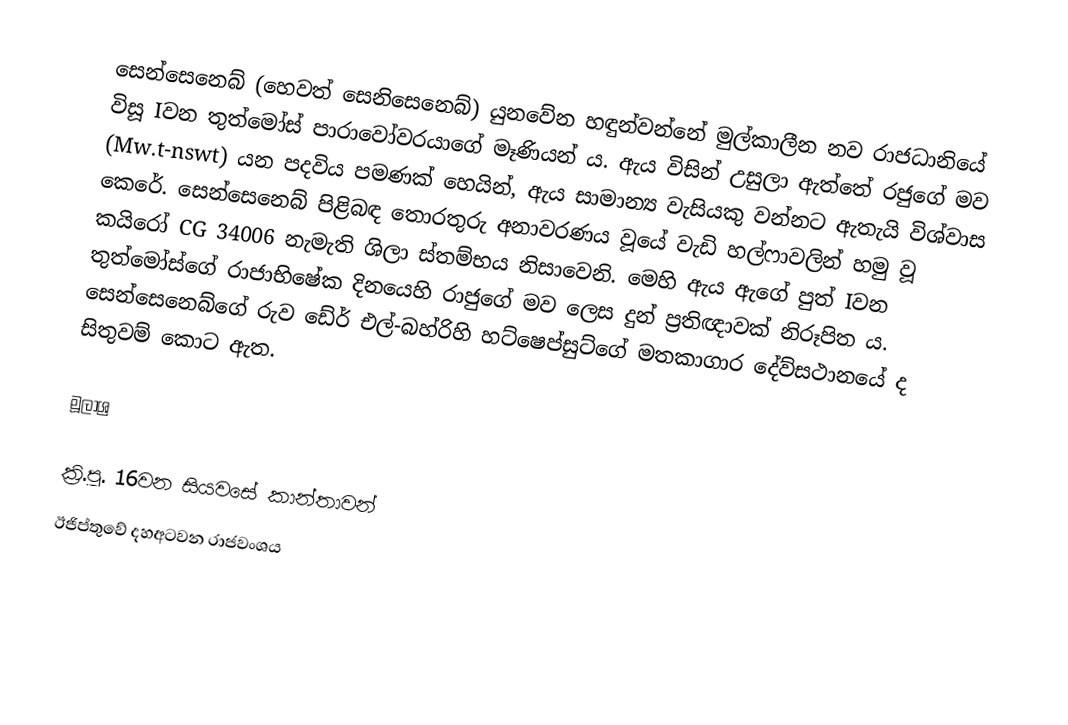
සෙන්සෙනෙබ් (හෙවත් සෙනිසෙනෙබ්) යුනවේන හඳුන්වන්නේ මුල්කාලීන නව රාජධානියේ විසූ Iවන තුත්මෝස් පාරාවෝවරයාගේ මෑණියන් ය. ඇය විසින් උසුලා ඇත්තේ රජුගේ මව (Mw.t-nswt) යන පදවිය පමණක් හෙයින්, ඇය සාමාන්‍ය වැසියකු වන්නට ඇතැයි විශ්වාස කෙරේ. සෙන්සෙනෙබ් පිළිබඳ තොරතුරු අනාවරණය වූයේ වැඩි හල්ෆාවලින් හමු වූ කයිරෝ CG 34006 නැමැති ශිලා ස්තම්භය නිසාවෙනි. මෙහි ඇය ඇගේ පුත් Iවන තුත්මෝස්ගේ රාජාභිෂේක දිනයෙහි රාජුගේ මව ලෙස දුන් ප්‍රතිඥාවක් නිරූපිත ය. සෙන්සෙනෙබ්ගේ රුව ඩේර් එල්-බහ්රිහි හට්ෂෙප්සුට්ගේ මතකාගාර දේව්සථානයේ ද සිතුවම් කොට ඇත.

මූලාශ්‍ර

ක්‍රි.පූ. 16වන සියවසේ කාන්තාවන්
ඊජිප්තුවේ දහඅටවන රාජවංශය